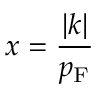
x = { \frac { | k | } { p _ { \mathrm { { F } } } } }